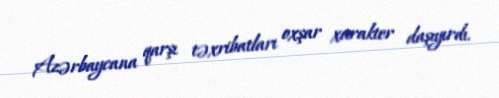
Azərbaycana qarşı təxribatları oxşar xarakter daşıyırdı.